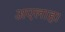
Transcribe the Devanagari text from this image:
अएलाह।